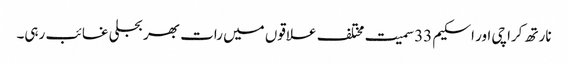
نارتھ کراچی اور اسکیم 33 سمیت مختلف علاقوں میں رات بھر بجلی غائب رہی۔